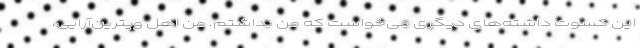
این کسوت داشته‌های دیگری می‌خواست که من نداشتم. من اهل ویترین‌آرایی،